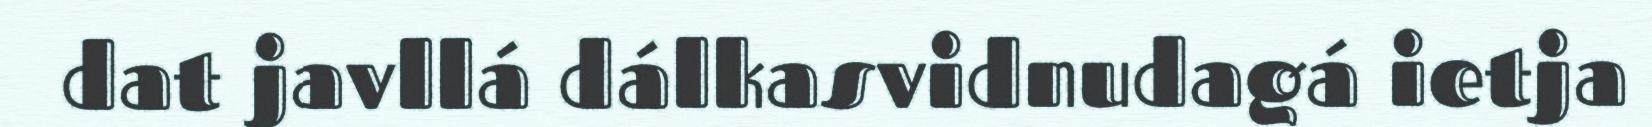
dat javllá dálkasvidnudagá ietja